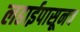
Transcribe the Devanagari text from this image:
लढाईपासूनच